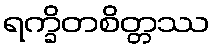
ရက္ခိတစိတ္တဿ